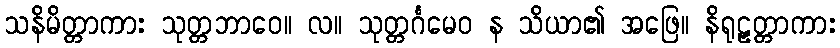
သနိမိတ္တာကား သုတ္တဘာဝေ။ လ။ သုတ္တင်္ဂမေဝ န သိယာ၏ အဖြေ။ နိရုဠှတ္တာကား